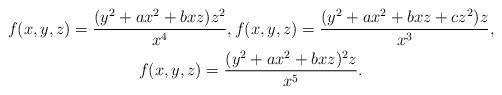
LaTeX: \begin{gather*}f(x,y,z)=\dfrac{(y^2+ax^2+bxz)z^2}{x^{4}},f(x,y,z)=\dfrac{(y^2+ax^2+bxz+cz^2)z}{x^{3}},\\f(x,y,z)=\dfrac{(y^2+ax^2+bxz)^2z}{x^{5}}.\\\end{gather*}